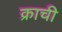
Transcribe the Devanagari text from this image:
क्राची